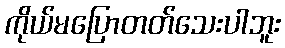
ကိုယ်မပြောတတ်သေးပါဘူး